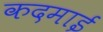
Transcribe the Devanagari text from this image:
कदमाई